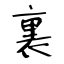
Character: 裏